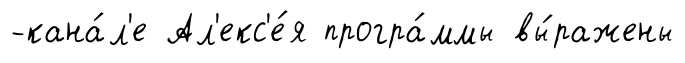
-кана́л'е Ал'екс'е́я програ́ммы вы́ражены